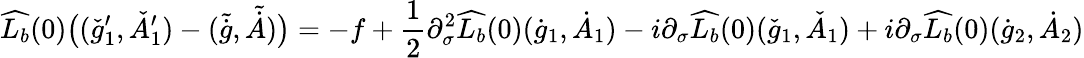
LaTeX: \widehat{L_{b}}(0)\big((\check{g}_{1}^{\prime},\check{A}_{1}^{\prime})-(\tilde{\dot{g}},\tilde{\dot{A}})\big)=-f+\frac{1}{2}\partial_{\sigma}^{2}\widehat{L_{b}}(0)(\dot{g}_{1},\dot{A}_{1})-i\partial_{\sigma}\widehat{L_{b}}(0)(\check{g}_{1},\check{A}_{1})+i\partial_{\sigma}\widehat{L_{b}}(0)(\dot{g}_{2},\dot{A}_{2})